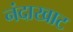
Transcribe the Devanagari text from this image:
नंदाखाट